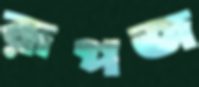
রূপজ